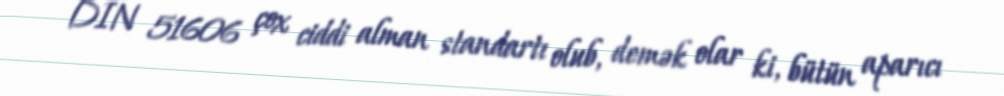
DIN 51606 çox ciddi alman standartı olub, demək olar ki, bütün aparıcı